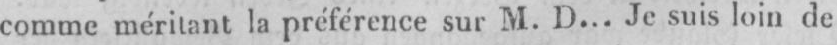
comme méritant la préférence sur M. D... Je suis loin de